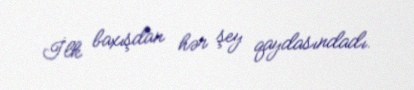
İlk baxışdan hər şey qaydasındadı.